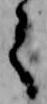
之